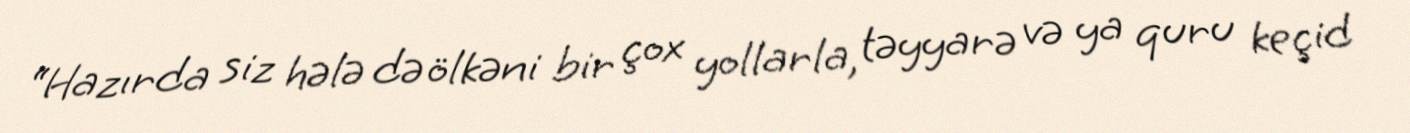
“Hazırda siz hələ də ölkəni bir çox yollarla, təyyarə və ya quru keçid